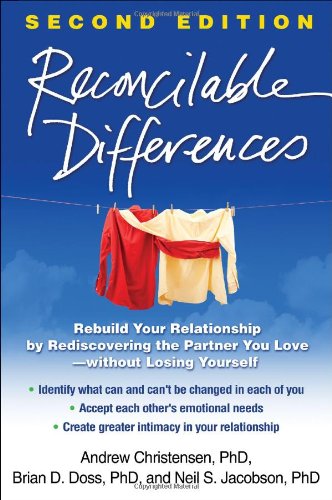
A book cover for Reconcilable Differences, Second Edition: Rebuild Your Relationship by Rediscovering the Partner You Love--without Losing Yourself; Andrew Christensen Phd; Self-Help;